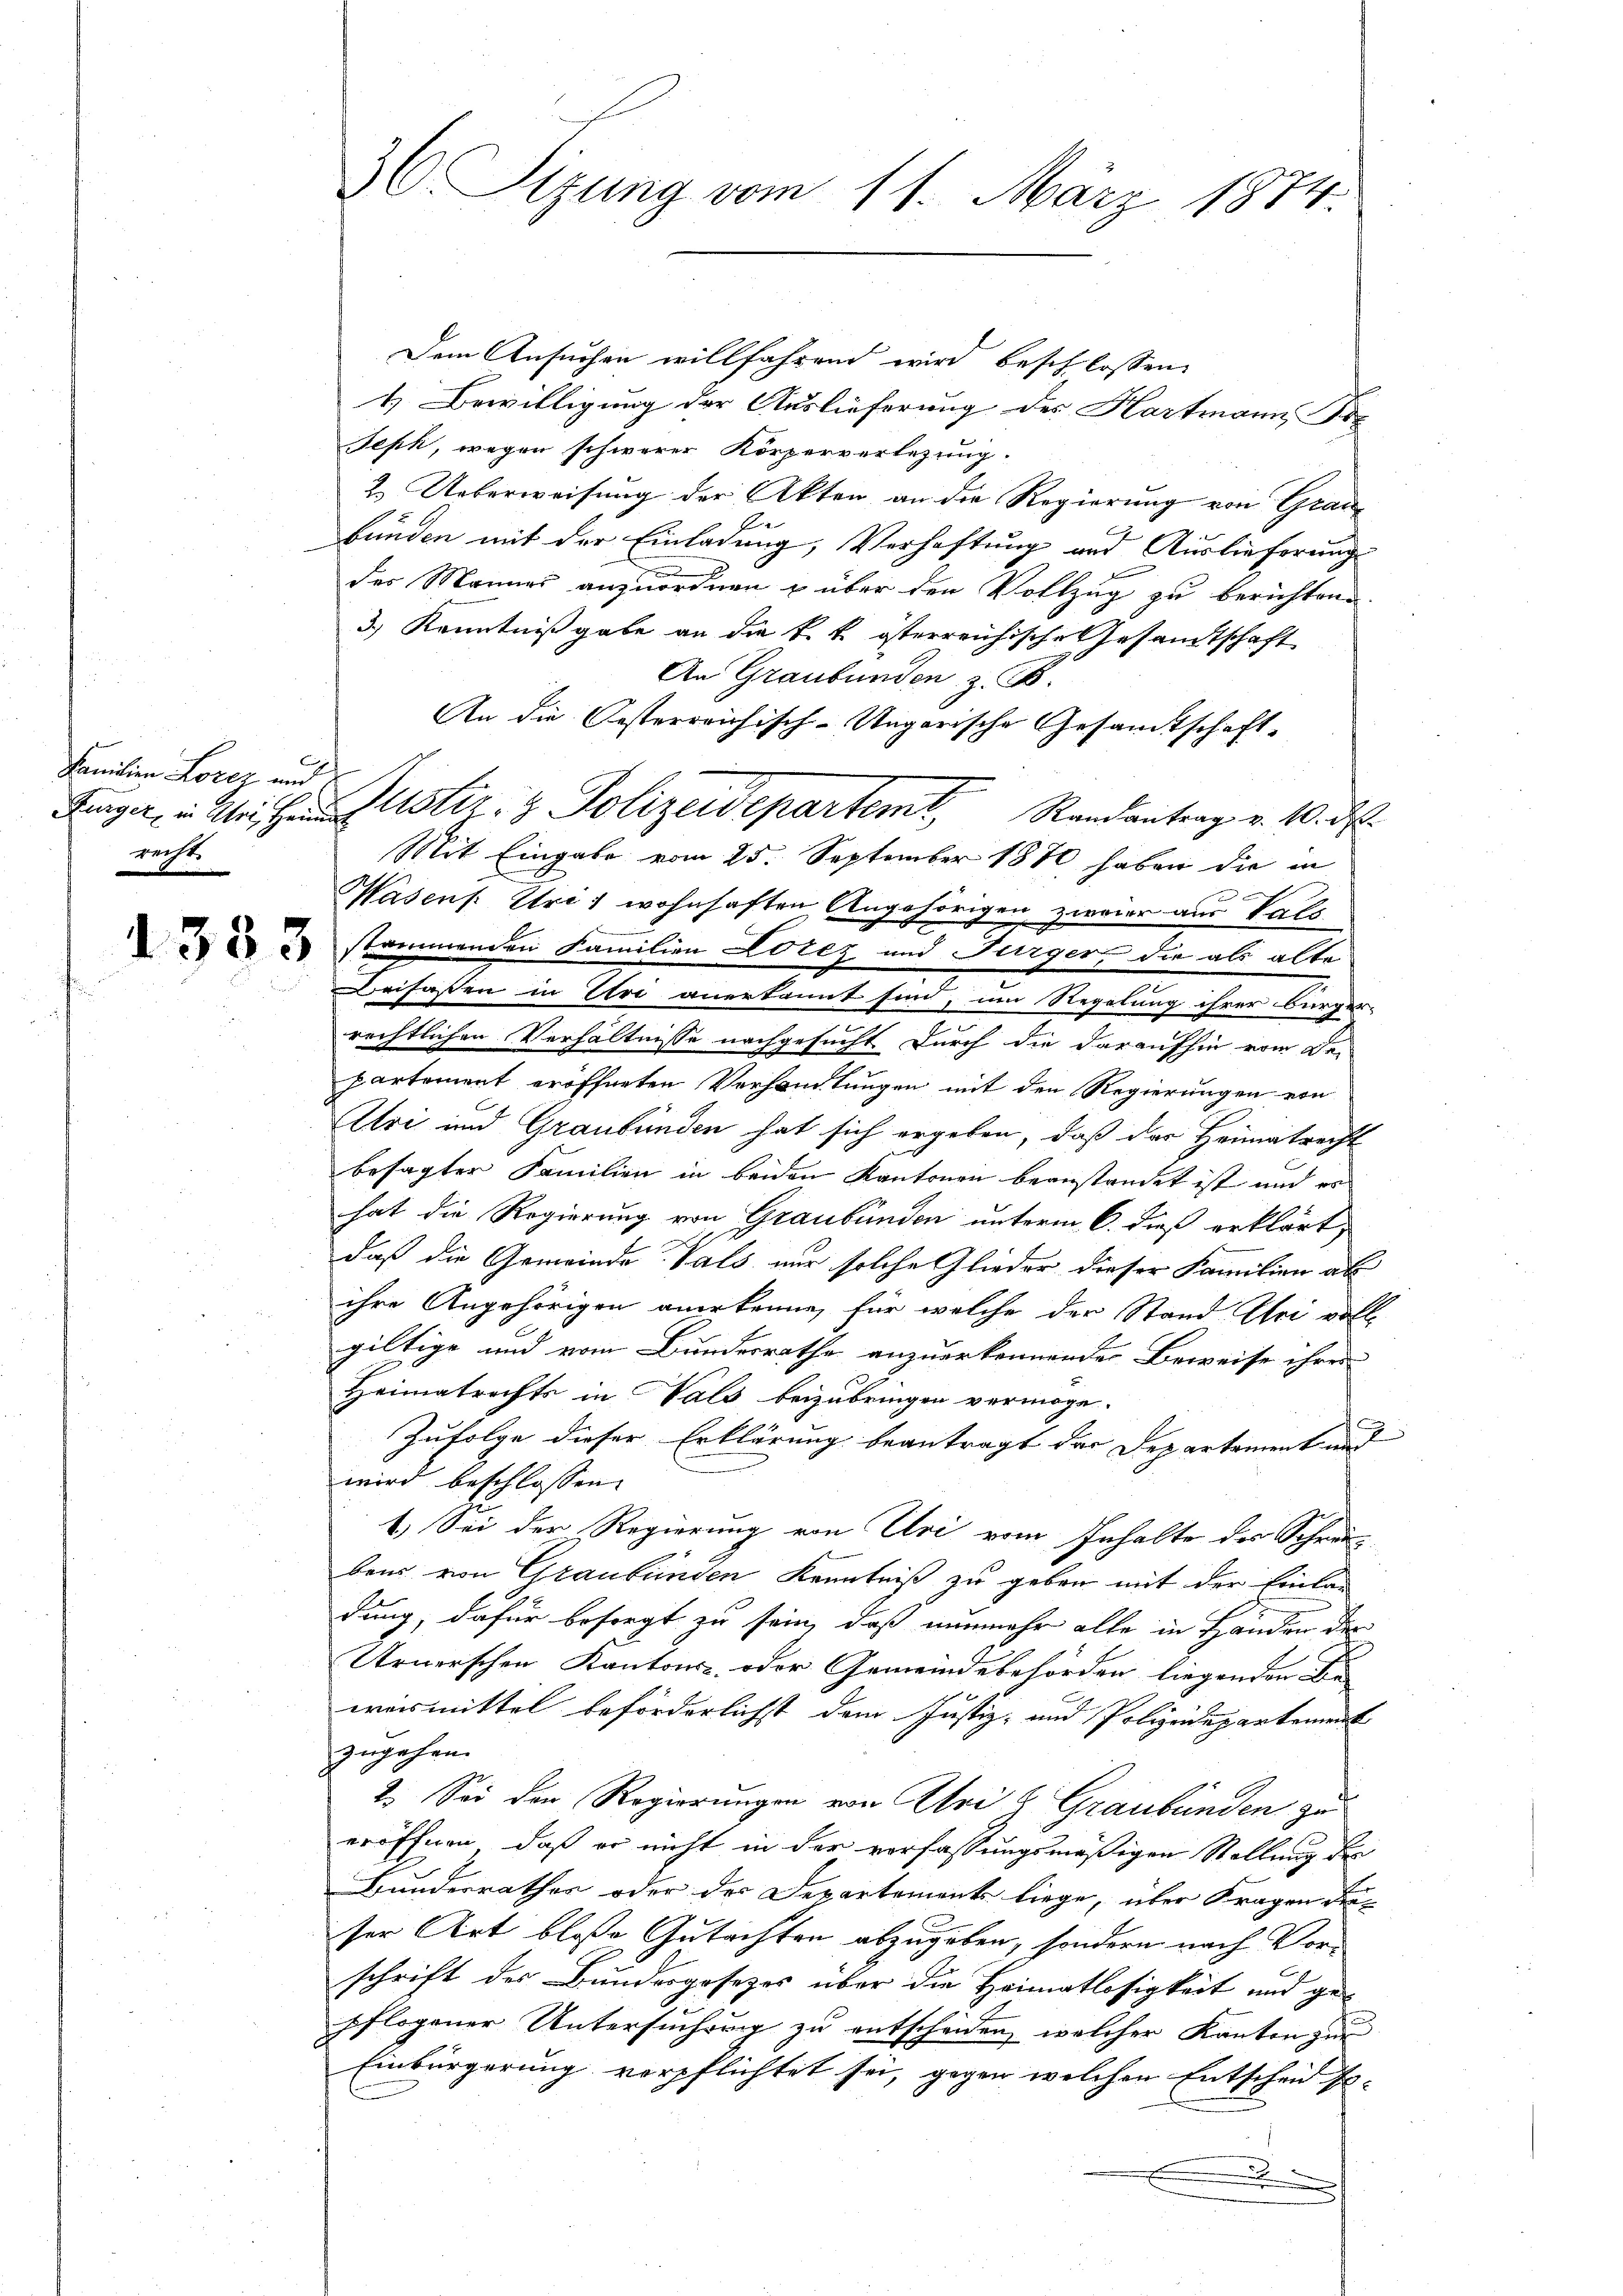
Familien Lorez auf
recht.

Dem Ansuchen willfahrend wird beschlossen,
4. Bewilligung der Auslieferung des Hartmann ic
Jeph, wegen schwerer Körperverlegung.
2. Ueberweisung der Akten an die Regierung von Grau
bunden mit der Einladung, Verhaftung und Auslieferung
u
der Mannes anzuordnen u über den Vollzug zu berichtene
3.) Kenntnißgabe an die k. k. österreichische Gesandtschaft
An Graubünden z. B.
An die Oesterreichisch-Ungarische Gesamtschaft¬
Mit Eingabe vom 25. September 1880 haben die in
Wasens. Uri, wohnhaften Angehörigen zweier aus Tals
 2 stammenden Familien Lorez und Bürger, die als alte
Beifassen in Uri anerkannt sind, um Regelung ihrer bürger-
rechtlichen Verhältnisse nachgesucht durch die daraufhin vom der
partement eröffneten Verhandlungen mit den Regierungen von
Uri und Graubünden hat sich ergeben, daß der Heimatrecht
besagter Familien in beiden Kantonen beanstandet ist und er
hat die Regierung von Graubünden unterm 6. dieß erklärt,
daß die Gemeinde Vals nur solche Glieder dieser Familien ab
ihre Angehörigen anerkenne, für welche der Stand Uri voll-
giltige und vom Bundesrathe anzuerkennender Beweise ihrer
Heimatrechts in als beizubringen vermöge.
Zufolge dieser Erklärung beantragt der Departement und
wird beschlossen.
1.) Sei der Regierung von Uri vom Inhalte der Schreibens von Graubünden Kenntniß zu geben mit der Einla-
dung, dafür besorgt zu sei, daß nunmehr alle in Händer des
Urnerschen Kantons- oder Gemeindebehörden liegenden Be-
weismittel beförderlichst dem Justiz- und Polizeidepartement
zugehen.
2. Sei der Regierungen von Uri & Graubünden zu
eröffnen, daß er nicht in der verfassungsmäßigen Stellung des
Bundesrathes oder der Departements liege, über Fragen dieser Art bloße Gutachten abzugeben, sondern nach Vorschrift der Bundesgesezes über die Heimatlosigkeit und gepflogener Untersuchung zu entscheiden, welcher Kanton zur
Einbürgerung verpflichtet sei, gegen welchen Entschein so- |
.

36 Sizung vom 11. März 1874.

Kuger in Weihen Astiz- & Polizeidepartemt, Randantrag v. 10. ds.